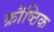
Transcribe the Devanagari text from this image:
क्रौष्ठिक